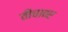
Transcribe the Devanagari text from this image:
तीचावर